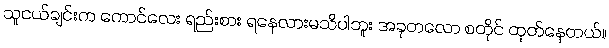
သူငယ်ချင်းက ကောင်လေး ရည်းစား ရနေလားမသိပါဘူး အခုတလော စတိုင် ထုတ်နေတယ်။